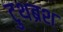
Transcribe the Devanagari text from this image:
टुथब्रश